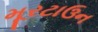
મૂરટાઉન